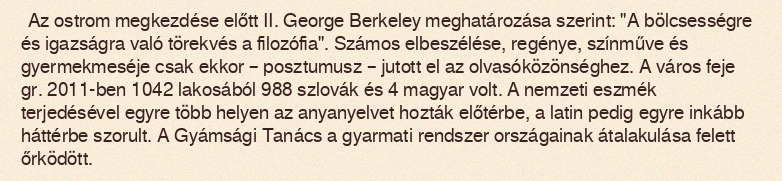
Az ostrom megkezdése előtt II. George Berkeley meghatározása szerint: "A bölcsességre és igazságra való törekvés a filozófia". Számos elbeszélése, regénye, színműve és gyermekmeséje csak ekkor – posztumusz – jutott el az olvasóközönséghez. A város feje gr. 2011-ben 1042 lakosából 988 szlovák és 4 magyar volt. A nemzeti eszmék terjedésével egyre több helyen az anyanyelvet hozták előtérbe, a latin pedig egyre inkább háttérbe szorult. A Gyámsági Tanács a gyarmati rendszer országainak átalakulása felett őrködött.